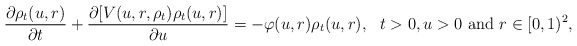
\begin{align*} \frac{\partial \rho_t(u,r)}{\partial t }+ \frac{\partial [V(u,r,\rho_t) \rho_t(u,r)]}{\partial u }=-\varphi(u,r) \rho_t(u,r), \ \ t>0,u>0 \ \mbox{and}\ r\in[0,1)^2, \end{align*}